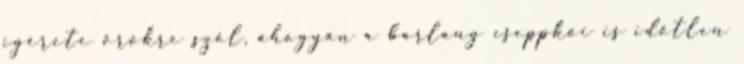
ígérete örökre szól, ahogyan a barlang cseppkői is időtlen